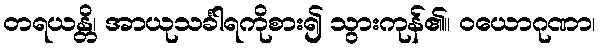
တရယန္တိ၊ အာယုသင်္ခါရကိုစား၍ သွားကုန်၏။ ဝယောဂုဏာ၊